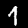
Digit: 1